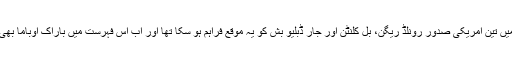
گزشتہ 50 سالوں میں تین امریکی صدور رونلڈ ریگن، بل کلنٹن اور جار ڈبلیو بُش کو یہ موقع فراہم ہو سکا تھا اور اب اس فہرست میں باراک اوباما بھی شامل ہو گئے ہیں۔